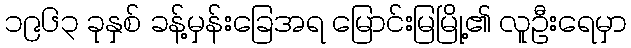
၁၉၆၃ ခုနှစ် ခန့်မှန်းခြေအရ မြောင်းမြမြို့၏ လူဦးရေမှာ